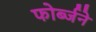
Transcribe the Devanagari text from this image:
फोर्ब्जने